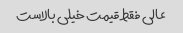
عالی فقط قیمت خیلی بالاست